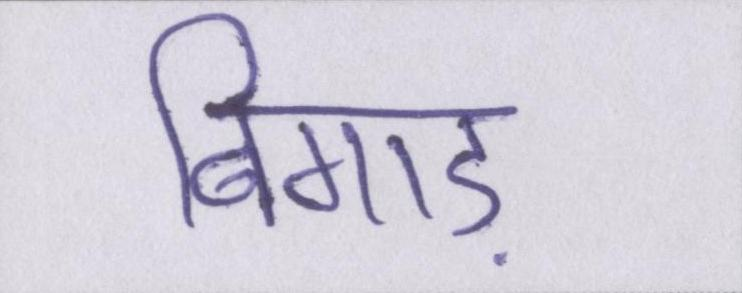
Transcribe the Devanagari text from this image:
बिगाड़